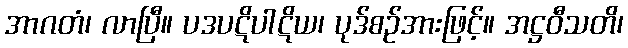
အာဂတံ၊ လာပြီ။ ပဒပဋိပါဋိယ၊ ပုဒ်စဉ်အားဖြင့်။ အဋ္ဌဝီသတိ၊